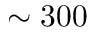
\sim 3 0 0